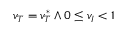
v _ { T } = v _ { T } ^ { * } \land 0 \le v _ { I } < 1